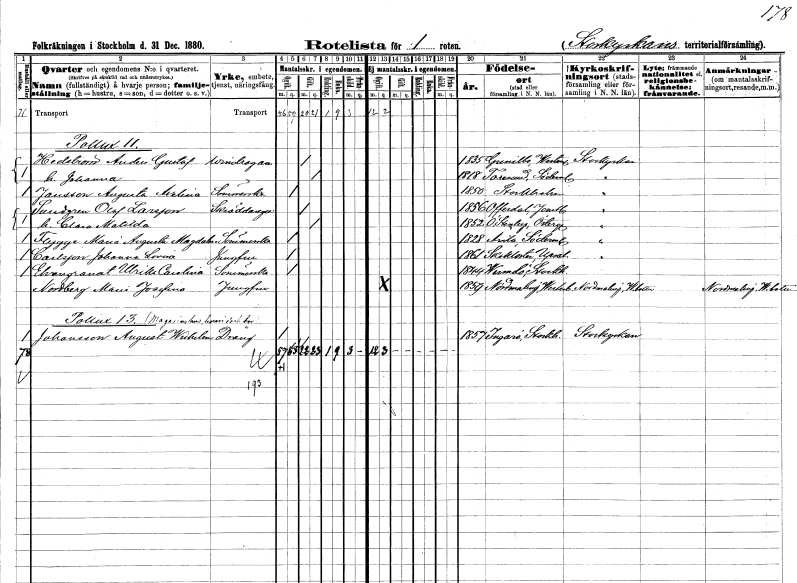
gt_parse: households: individuals: FN: Anders Gustaf
EN: Hedström
YRKE: Vindragare
KON: M
CIV: G
FODAR: 1835
FODFORS: Gunnilbo Västmanlands län
FN: Johanna
KON: K
CIV: G
FODAR: 1818
FODFORS: Toresund Södermanlands län
FN: Augusta Axelina
EN: Jansson
YRKE: Sömmerska
KON: K
CIV: O
FODAR: 1850
FODFORS: Stockholm
FN: Olof
EN: Sundgren Larsson
YRKE: Skräddaregesäll
KON: M
CIV: G
FODAR: 1856
FODFORS: Offerdal Jämtlands län
FN: Clara Matilda
KON: K
CIV: G
FODAR: 1852
FODFORS: Östra Stenby Östergötlands län
FN: Maria Augusta Magdalena
EN: Flygge
YRKE: Sömmerska
KON: K
CIV: O
FODAR: 1828
FODFORS: Ärla Södermanlands län
FN: Johanna Lovisa
EN: Carlsson
YRKE: Jungfru
KON: K
CIV: O
FODAR: 1861
FODFORS: Skokloster Uppsala län
FN: Ulrika Carolina
EN: Ehrengranat
YRKE: Sömmerska
KON: K
CIV: O
FODAR: 1844
FODFORS: Värmdö Stockholms län
FN: Maria Josefina
EN: Nordberg
YRKE: Jungfru
KON: K
CIV: O
FODAR: 1859
FODFORS: Nordmaling Västerbottens län
FN: August Wilhelm
EN: Johansson
YRKE: Dräng
KON: M
CIV: O
FODAR: 1857
FODFORS: Ingarö Stockholms län